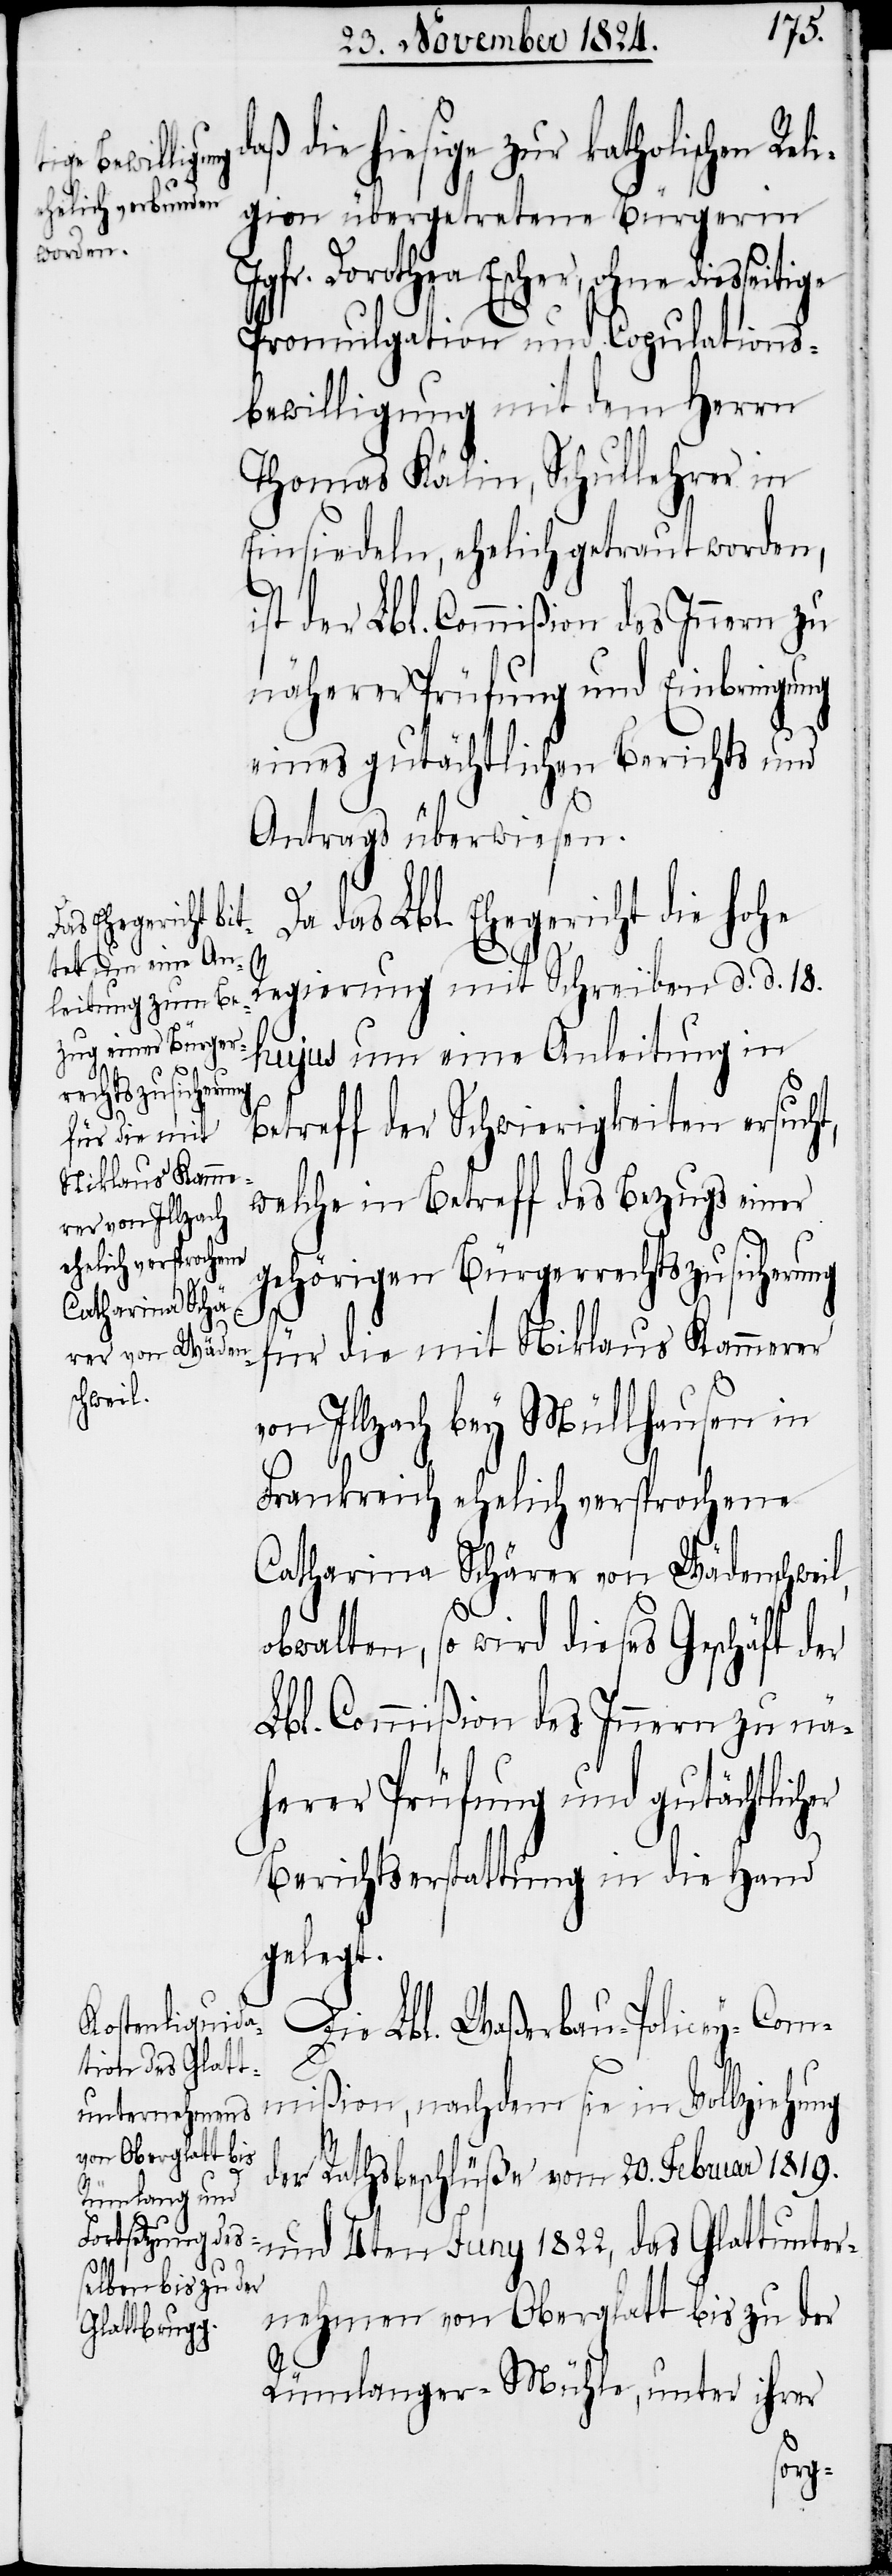
aß die hiesige zur katholischen Rel¬
in Vollziehung
igion übergetretene Bürgerin
mißion,
Jgfr. Dorothea Escher, ohne diesseitige
Promulgation und Copulations¬
bewilligung mit dem Herrn
Thomas Kälin, Schullehrer in
Einsiedeln, ehelich getraut worden,
ist der Lbl. Commißion des Innern zu
näherer Prüfung und Einbringung
eines gutächtlichen Berichts und
Antrags überwiesen.
das Lbl. Ehegericht die hohe
hujus um eine Anleitung in
her
d.
Betreff der Schwierigkeiten ersuch¬
für die mit
Niklaus Kammerer
welche in Betreff des Bezugs einer
gehörigen Bürgerrechtszusicherung
von Illzach bey Müllhausen in
l,
Frankreich ehelich versprochene
Catharina Schärer von Wädenschwei¬
obwalten, so wird dieses Geschäft der
Lbl. Commißion des Innern zu nä¬
herer Prüfung und gutächtlic¬
Berichtserstattung in die Hand
gelegt.
Die Lbl. Waßerbau-Policey-Com¬
t,
der Rathsbeschlüße vom 20. Februar 1819.
und 4ten Juny 1822, das Glattunter¬
nehmen von Oberglatt bis zu der
Rümlanger-Mühle, unter ihrer